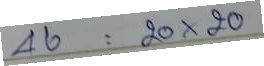
46 = 20x20